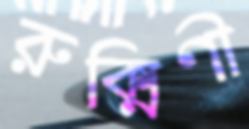
রুক্মিণী